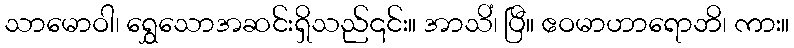
သာမောဝါ၊ ရွှေသောအဆင်းရှိသည်၎င်း။ အာသိံ၊ ပြီ။ ဧဝမာဟာရောဘိ၊ ကား။